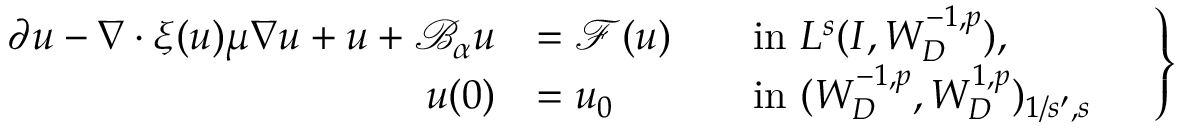
\begin{array} { r } { \left. \begin{array} { r l r l } { \partial u - \nabla \cdot \xi ( u ) \mu \nabla u + u + \mathcal { B } _ { \alpha } u } & { = \mathcal { F } ( u ) } & & { \mathrm { i n ~ } L ^ { s } ( I , W _ { D } ^ { - 1 , p } ) , } \\ { u ( 0 ) } & { = u _ { 0 } } & & { \mathrm { i n ~ } ( W _ { D } ^ { - 1 , p } , W _ { D } ^ { 1 , p } ) _ { 1 / s ^ { \prime } , s } } \end{array} \quad \right\} } \end{array}